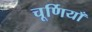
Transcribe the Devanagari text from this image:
चूर्णियाँ